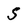
Character: S